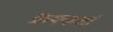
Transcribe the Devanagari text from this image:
क्रयकर्त्ता